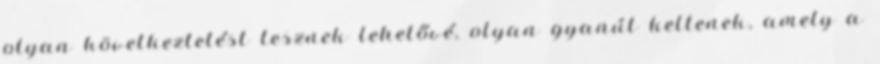
olyan következtetést tesznek lehetővé, olyan gyanút keltenek, amely a